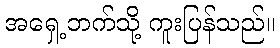
အရှေ့ဘက်သို့ ကူးပြန်သည်။